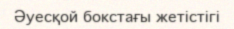
Әуесқой бокстағы жетістігі